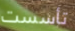
تأسست